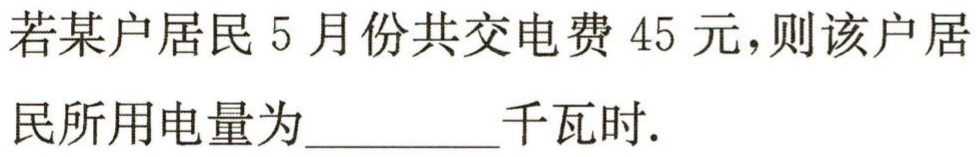
若某户居民5月份共交电费45元，则该户居民所用电量为_________千瓦时.